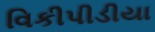
વિકીપીડીયા